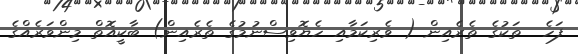
ފަހެ  ތަކުގެ ތެރެއިން ( ވެރިކަމާއި ހެޔޮވިސްނުމުގެ ތެރެއިން) ބާކީއޮތް މިންވަރެއްގެ